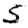
Digit: 5